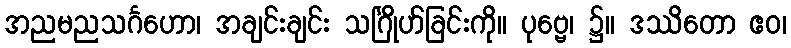
အညမညသင်္ဂဟော၊ အချင်းချင်း သင်္ဂြိုဟ်ခြင်းကို။ ပုဗ္ဗေ၊ ၌။ ဒဿိတော ဧဝ၊